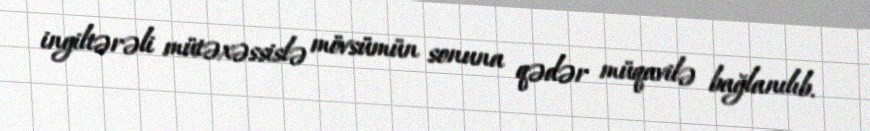
ingiltərəli mütəxəssislə mövsümün sonuna qədər müqavilə bağlanılıb.